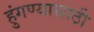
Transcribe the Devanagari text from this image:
हुंगण्यासाठी